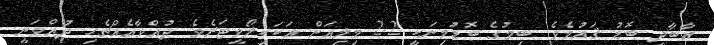
އާބާދީ ބޮޑު ޤައުމެވެ. ބިމުގެ ބޮޑުމިނަކީ 2.2 މިލިއަން އަކަކިލޯމީޓަރެވެ. ދުއްވާއެއްޗެހި ދުއްވަނީ